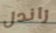
راندل